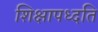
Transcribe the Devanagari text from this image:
शिक्षापध्दति